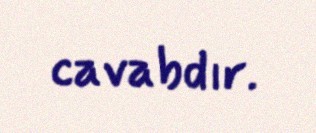
cavabdır.